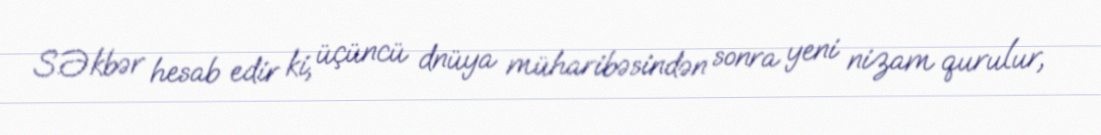
S.Əkbər hesab edir ki, üçüncü dnüya müharibəsindən sonra yeni nizam qurulur,